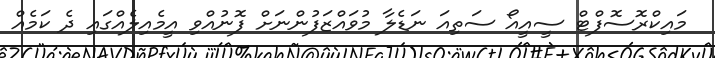
މައިކްރޮސޮފްޓް ސީއީއޯ ސަތިއަ ނަޑެލާ މުވައްޒަފުންނަށް ފޮނުއްވި އީމެއިލެއްގައި ދެ ކަމެއް